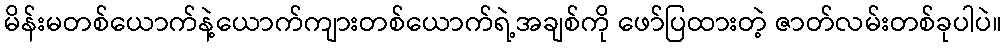
မိန်းမတစ်ယောက်နဲ့ယောက်ကျားတစ်ယောက်ရဲ့အချစ်ကို ဖော်ပြထားတဲ့ ဇာတ်လမ်းတစ်ခုပါပဲ။